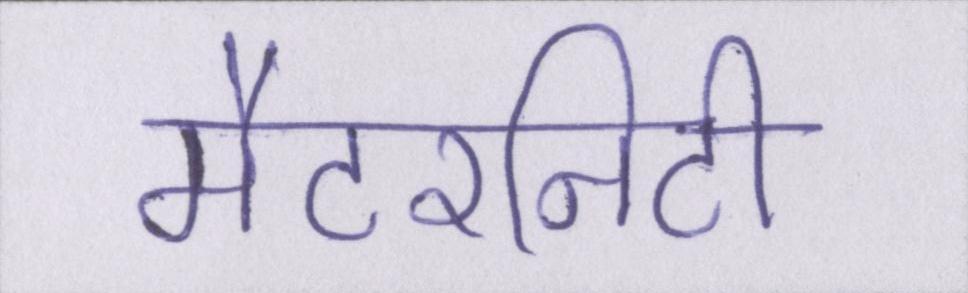
मैटरनिटी